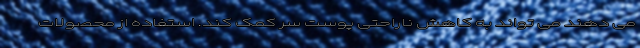
می دهند می تواند به کاهش ناراحتی پوست سر کمک کند. استفاده از محصولات